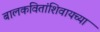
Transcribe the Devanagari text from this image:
बालकवितांशिवायच्या